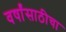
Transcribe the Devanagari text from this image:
वर्षांसाठीचा